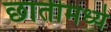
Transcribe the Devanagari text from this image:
छातीमध्ये